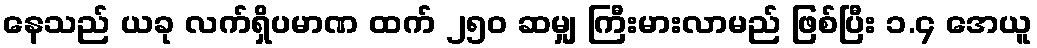
နေသည် ယခု လက်ရှိပမာဏ ထက် ၂၅၀ ဆမျှ ကြီးမားလာမည် ဖြစ်ပြီး ၁.၄ အေယူ